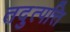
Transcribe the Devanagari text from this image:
तदुत्पत्ति